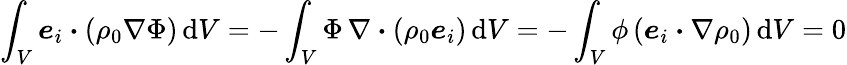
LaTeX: \int_{V}\boldsymbol{e}_{i}\boldsymbol{\cdot}(\rho_{0}\nabla\Phi)\, \mathrm{d}V=-\int_{V}\Phi\, \nabla\boldsymbol{\cdot}(\rho_{0}\boldsymbol{e}_{i})\, \mathrm{d}V=-\int_{V}\phi\, (\boldsymbol{e}_{i}\boldsymbol{\cdot}\nabla\rho_{0})\, \mathrm{d}V=0